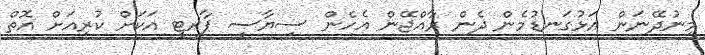
މިނުދޭނަން އަޅުގަނޑުމެން ދެން ރާއްޖޭން އެހެން ސިޔާސީ ޕާރޓީ އަކަށް ކުރިއަށް އޮތް